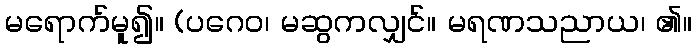
မရောက်မူ၍။ (ပဂေဝ၊ မဆွကလျှင်။ မရဏသညာယ၊ ၏။